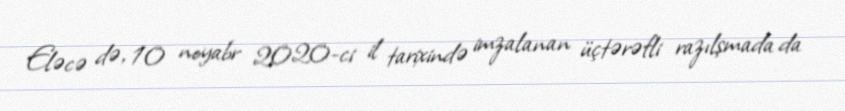
Eləcə də, 10 noyabr 2020-ci il tarixində imzalanan üçtərəfli razılşmada da